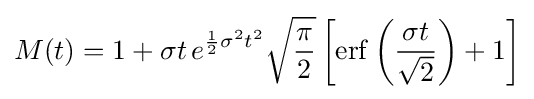
M(t)=1+\sigma t\,e^{{\frac {1}{2}}\sigma ^{2}t^{2}}{\sqrt {\frac {\pi }{2}}}\left[\operatorname {erf} \left({\frac {\sigma t}{\sqrt {2}}}\right)+1\right]